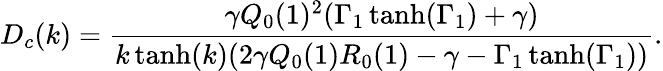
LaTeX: D_{c}(k)=\frac{\gamma Q_{0}(1)^{2}(\Gamma_{1}\operatorname{tanh}(\Gamma_{1})+\gamma)}{k\operatorname{tanh}(k)(2\gamma Q_{0}(1)R_{0}(1)-\gamma-\Gamma_{1}\operatorname{tanh}(\Gamma_{1}))}.